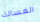
الغسالة